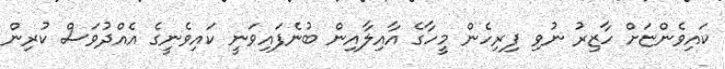
ކައިވެންޏަށް ހާޒިރު ނުވި ފިރިހެން މީހާގެ އާއިލާއިން ބުނެފައިވަނީ ކައިވެނީގެ އެއްދުވަސް ކުރިން